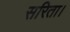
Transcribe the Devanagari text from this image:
सरिता।